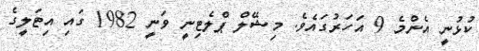
ކުޅުނީ އެންމެ 9 އަހަރުގައެވެ. މިޝޭލް ޕްލެޓިނީ ވަނީ 1982 ގައި އިޓަލީގެ